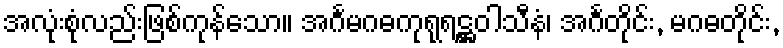
အလုံးစုံလည်းဖြစ်ကုန်သော။ အင်္ဂမဂဓကုရုရဋ္ဌဝါသီနံ၊ အင်္ဂတိုင်း, မဂဓတိုင်း,